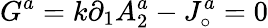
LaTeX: G^{a}=k\partial_{1}A_{2}^{a}-J_{\circ}^{a}=0